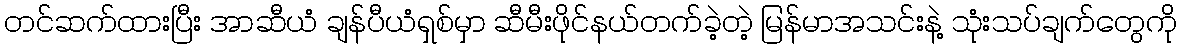
တင်ဆက်ထားပြီး အာဆီယံ ချန်ပီယံရှစ်မှာ ဆီမီးဖိုင်နယ်တက်ခဲ့တဲ့ မြန်မာအသင်းနဲ့ သုံးသပ်ချက်တွေကို